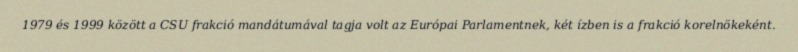
1979 és 1999 között a CSU frakció mandátumával tagja volt az Európai Parlamentnek, két ízben is a frakció korelnökeként.